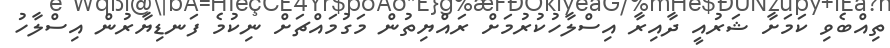
ތިއްބެވި ކަމަށާ ޝަރުއީ ދާއިރާ އިސްލާހުކުރުމަށް ރައްޔިތުން މަގުމައްޗަށް ނިކުމެ ފަނޑިޔާރުން އިސްލާހު